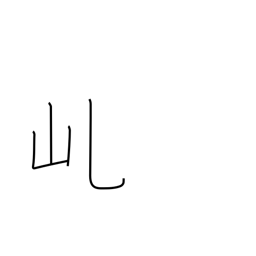
Meaning: mountain saddle